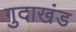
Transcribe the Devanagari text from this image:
गुदाखंड